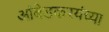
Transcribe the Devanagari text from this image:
आंबेडकरयंच्या